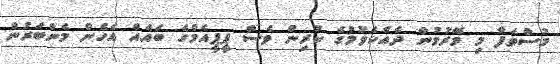
މުސްތަފާ މި މޭރުމުން ދެއްކެވުމުގެ ކުރިން ވެސް ޕީޕީއެމްގެ ބައެއް އެހެން މެންބަރުން